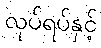
လုပ်ရပ်နှင့်